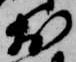
於